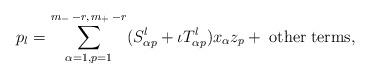
LaTeX: \begin{align*}p_l=\sum_{\alpha=1, p=1}^{m_{-}\,-r,\,m_{+}\,-r}(S^l_{\alpha p}+\iota T^l_{\alpha p})x_\alpha z_p +\; {\rm other\; terms},\end{align*}